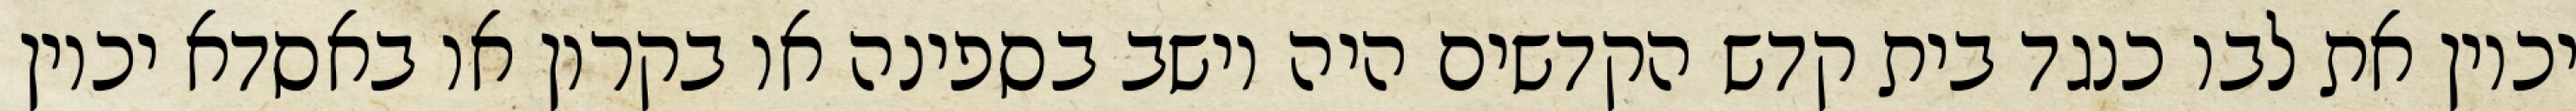
יכוין את לבו כנגד בית קדש הקדשים היה יושב בספינה או בקרון או באסדא יכוין